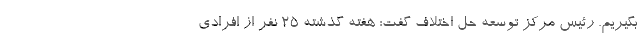
بگیریم. رئیس مرکز توسعه حل اختلاف گفت: هفته گذشته ۲۵ نفر از افرادی